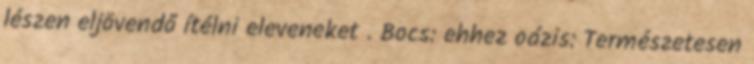
lészen eljövendő ítélni eleveneket . Bocs: ehhez oázis: Természetesen